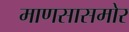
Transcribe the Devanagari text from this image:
माणसासमोर